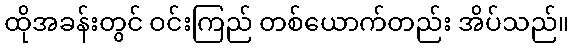
ထိုအခန်းတွင် ဝင်းကြည် တစ်ယောက်တည်း အိပ်သည်။